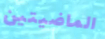
الماضيتين